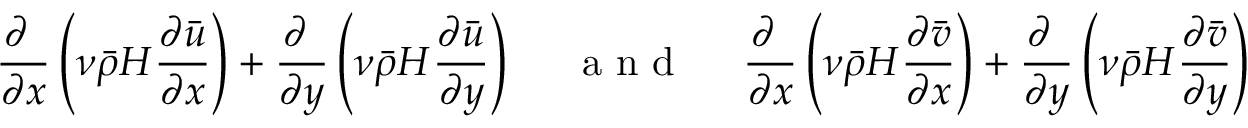
\frac { \partial ~ } { \partial x } \left( \nu \bar { \rho } H \frac { \partial \bar { u } } { \partial x } \right) + \frac { \partial ~ } { \partial y } \left( \nu \bar { \rho } H \frac { \partial \bar { u } } { \partial y } \right) ~ \quad \textrm { a n d } \quad ~ \frac { \partial ~ } { \partial x } \left( \nu \bar { \rho } H \frac { \partial \bar { v } } { \partial x } \right) + \frac { \partial ~ } { \partial y } \left( \nu \bar { \rho } H \frac { \partial \bar { v } } { \partial y } \right)